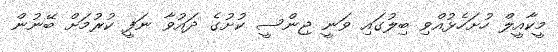
މީކާއީލް ހުށަހެޅުއްވި ބިލުގައި ވަނީ ޖިންސީ ކުށުގެ ދައުވާ ނަފީ ކުރުމަށް ބޭނުން